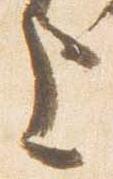
上